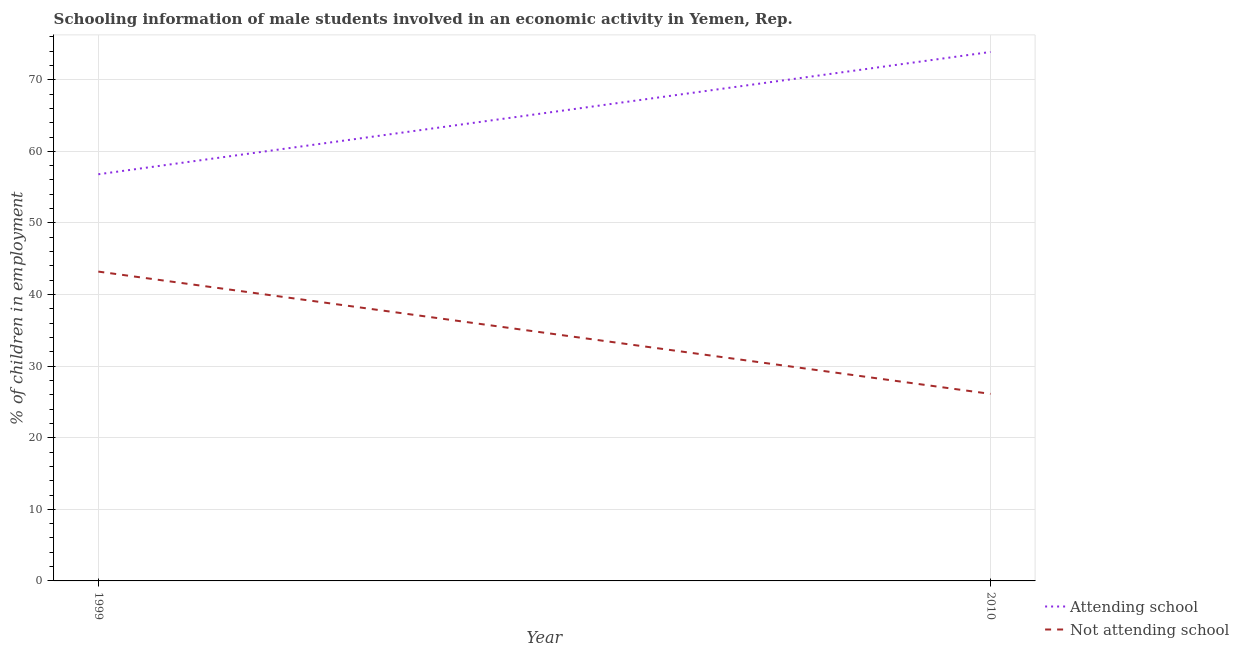
| Year | Attending school | Not attending school |
 | --- | --- | --- |
 | 1999 | 56.8 | 43.2 |
 | 2010 | 73.9 | 26.1 |